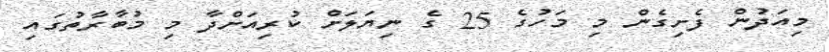
މިއަދުން ފެށިގެން މި މަހުގެ 25 ގެ ނިޔަލަށް ކުރިއަށްދާ މި މުބާރާތުގައި